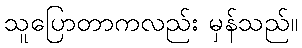
သူပြောတာကလည်း မှန်သည်။